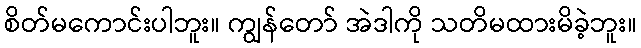
စိတ်မကောင်းပါဘူး။ ကျွန်တော် အဲဒါကို သတိမထားမိခဲ့ဘူး။